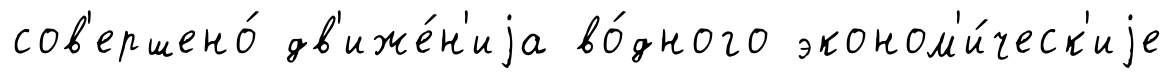
сов'ершено́ дв'иже́н'иjа во́дного эконом'и́ческ'иjе